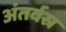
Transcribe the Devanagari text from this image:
अंतर्वस्र